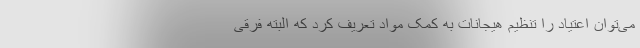
می‌توان اعتیاد را تنظیم هیجانات به کمک مواد تعریف کرد که البته فرقی